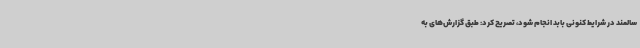
سالمند در شرایط کنونی بابد انجام شود، تصریح کرد: طبق گزارش‌های به